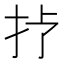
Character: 𢪀